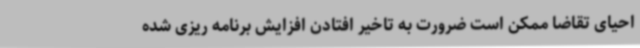
احیای تقاضا ممکن است ضرورت به تاخیر افتادن افزایش برنامه ریزی شده